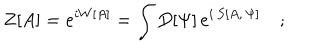
Z [ A ] = e ^ { i W [ A ] } = \int D [ \Psi ] \, e ^ { i \, S [ A , \, \Psi ] } \quad ;